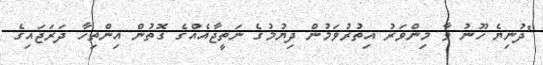
"ދުނިޔެ ހޫނު ވާ މިންވަރު އިތުރުވަމުން ދިޔުމުގެ ނަތީޖާއެއްގެ ގޮތުން އިންތިހާ ދަރަޖައިގެ